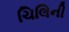
ચિલિની